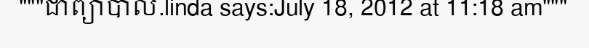
"""ជាព្យាបាល.linda says:July 18, 2012 at 11:18 am"""